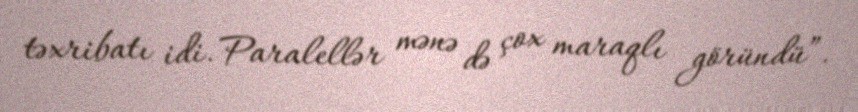
təxribatı idi. Paralellər mənə də çox maraqlı göründü”.